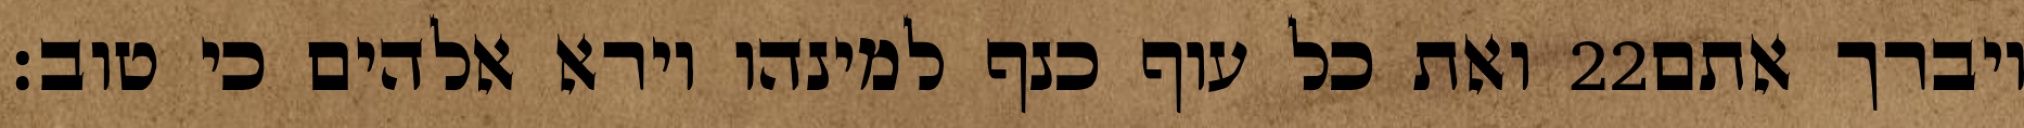
ואת כל עוף כנף למינהו וירא אלהים כי טוב׃ ‎22‏ ויברך אתם